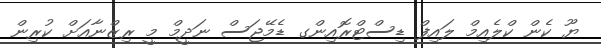
ޔޫ ކެން ކްލެއިމް ލައިފް ޑިސްޓްރޮއިންގ ޑެމޭޖަސް ނަދީމް މީ ރިޒްނާއަށް ކުރިން